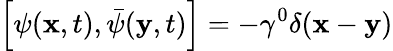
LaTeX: \left[\psi({\mathbf x},t),\bar{\psi}({\mathbf y},t)\right]=-\gamma^{0}\delta({\mathbf x}-{\mathbf y})